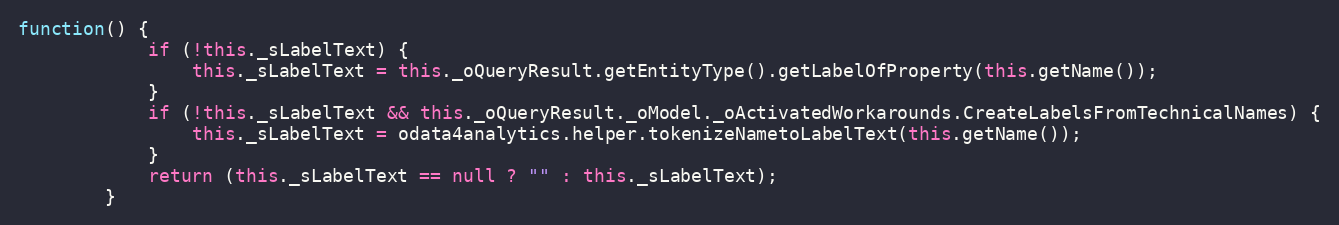
Language: JavaScript
function() {
			if (!this._sLabelText) {
				this._sLabelText = this._oQueryResult.getEntityType().getLabelOfProperty(this.getName());
			}
			if (!this._sLabelText && this._oQueryResult._oModel._oActivatedWorkarounds.CreateLabelsFromTechnicalNames) {
				this._sLabelText = odata4analytics.helper.tokenizeNametoLabelText(this.getName());
			}
			return (this._sLabelText == null ? "" : this._sLabelText);
		}